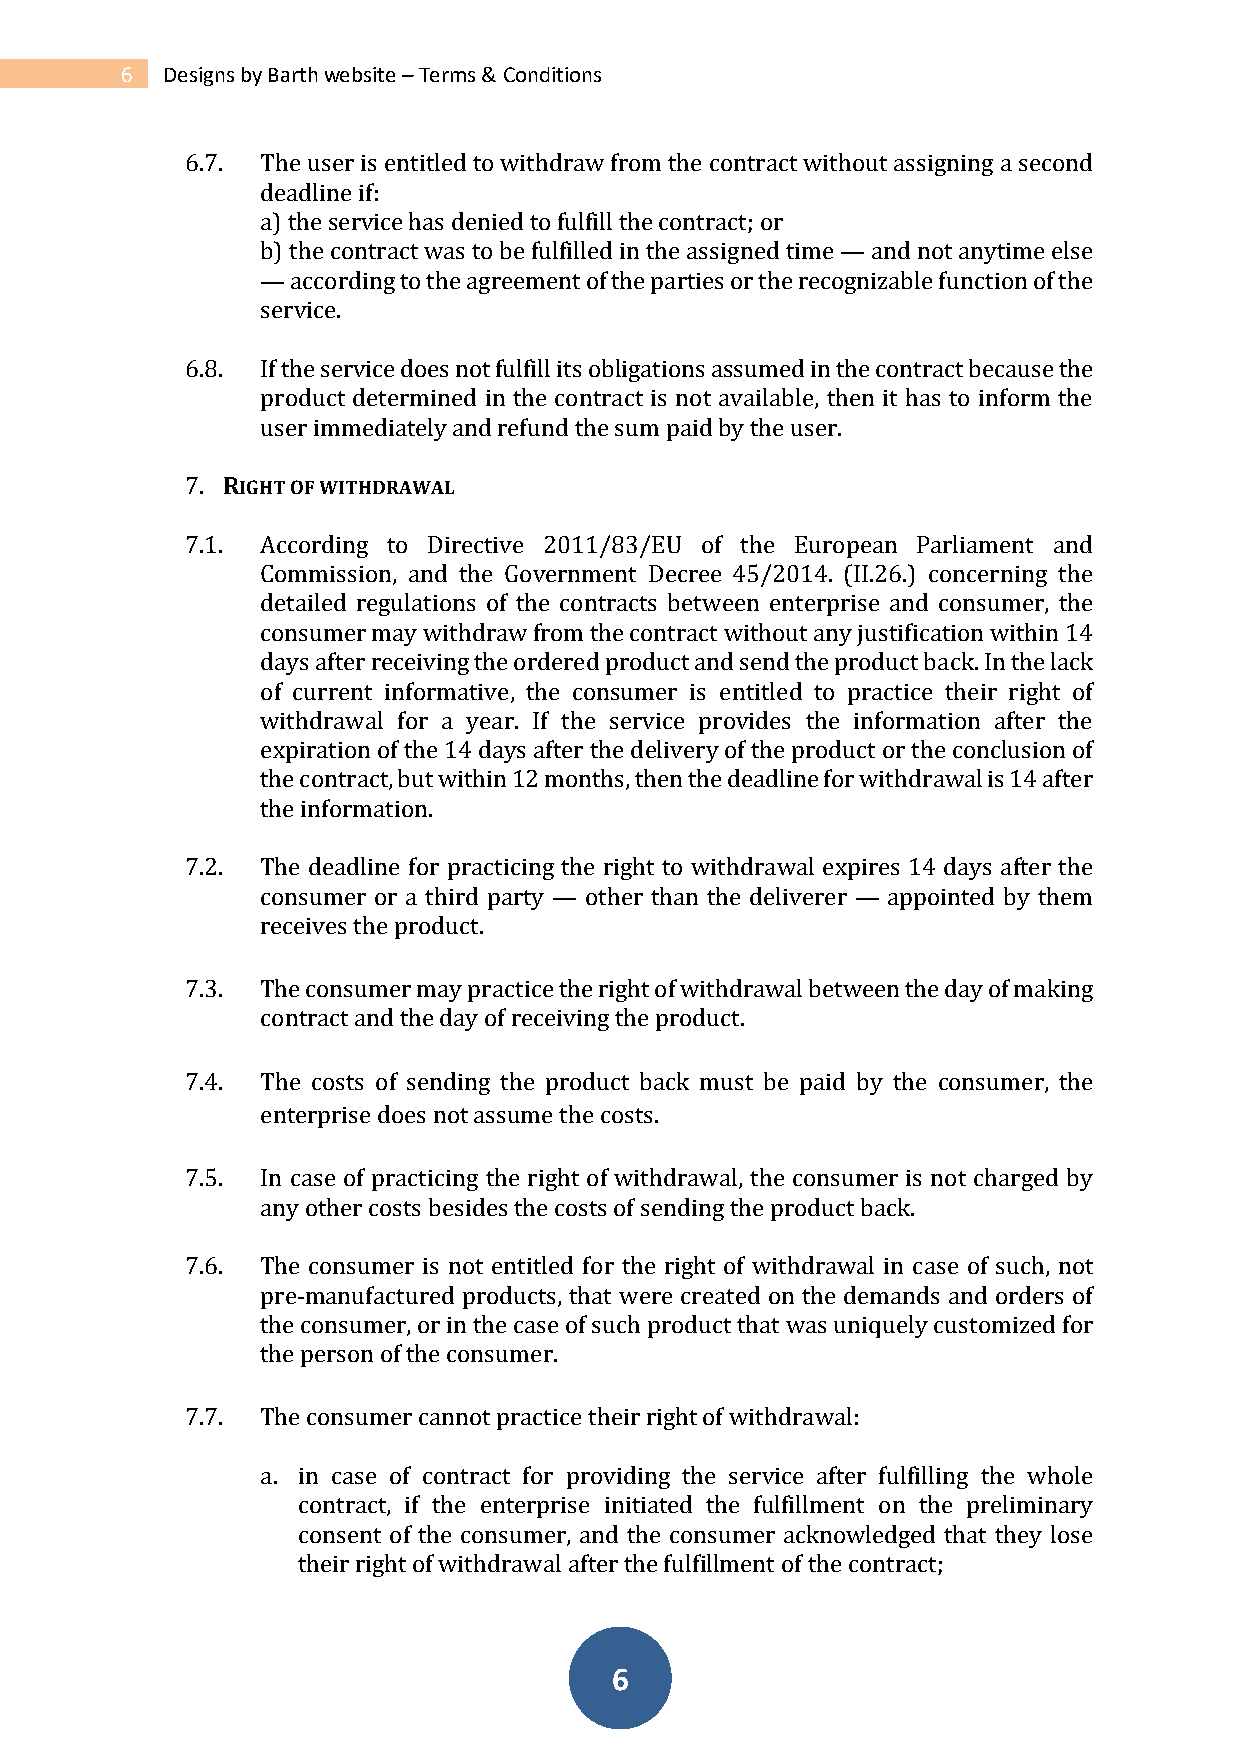
6  Designs by Barth website – Terms & Conditions
 6.7. The user is entitled to withdraw from the contract without assigning a second
 deadline if:
 a) the service has denied to fulfill the contract; or
 b) the contract was to be fulfilled in the assigned time — and not anytime else
 — according to the agreement of the parties or the recognizable function of the
 service.
 6.8. If the service does not fulfill its obligations assumed in the contract because the
 product determined in the contract is not available, then it has to inform the
 user immediately and refund the sum paid by the user.
 7. RIGHT OF WITHDRAWAL
 7.1. According to Directive 2011/83/EU of the European Parliament and
 Commission, and the Government Decree 45/2014. (II.26.) concerning the
 detailed regulations of the contracts between enterprise and consumer, the
 consumer may withdraw from the contract without any justification within 14
 days after receiving the ordered product and send the product back. In the lack
 of current informative, the consumer is entitled to practice their right of
 withdrawal for a year. If the service provides the information after the
 expiration of the 14 days after the delivery of the product or the conclusion of
 the contract, but within 12 months, then the deadline for withdrawal is 14 after
 the information.
 7.2. The deadline for practicing the right to withdrawal expires 14 days after the
 consumer or a third party — other than the deliverer — appointed by them
 receives the product.
 7.3. The consumer may practice the right of withdrawal between the day of making
 contract and the day of receiving the product.
 7.4. The costs of sending the product back must be paid by the consumer, the
 enterprise does not assume the costs.
 7.5. In case of practicing the right of withdrawal, the consumer is not charged by
 any other costs besides the costs of sending the product back.
 7.6. The consumer is not entitled for the right of withdrawal in case of such, not
 pre-manufactured products, that were created on the demands and orders of
 the consumer, or in the case of such product that was uniquely customized for
 the person of the consumer.
 7.7. The consumer cannot practice their right of withdrawal:
 a. in case of contract for providing the service after fulfilling the whole
 contract, if the enterprise initiated the fulfillment on the preliminary
 consent of the consumer, and the consumer acknowledged that they lose
 their right of withdrawal after the fulfillment of the contract;
 6